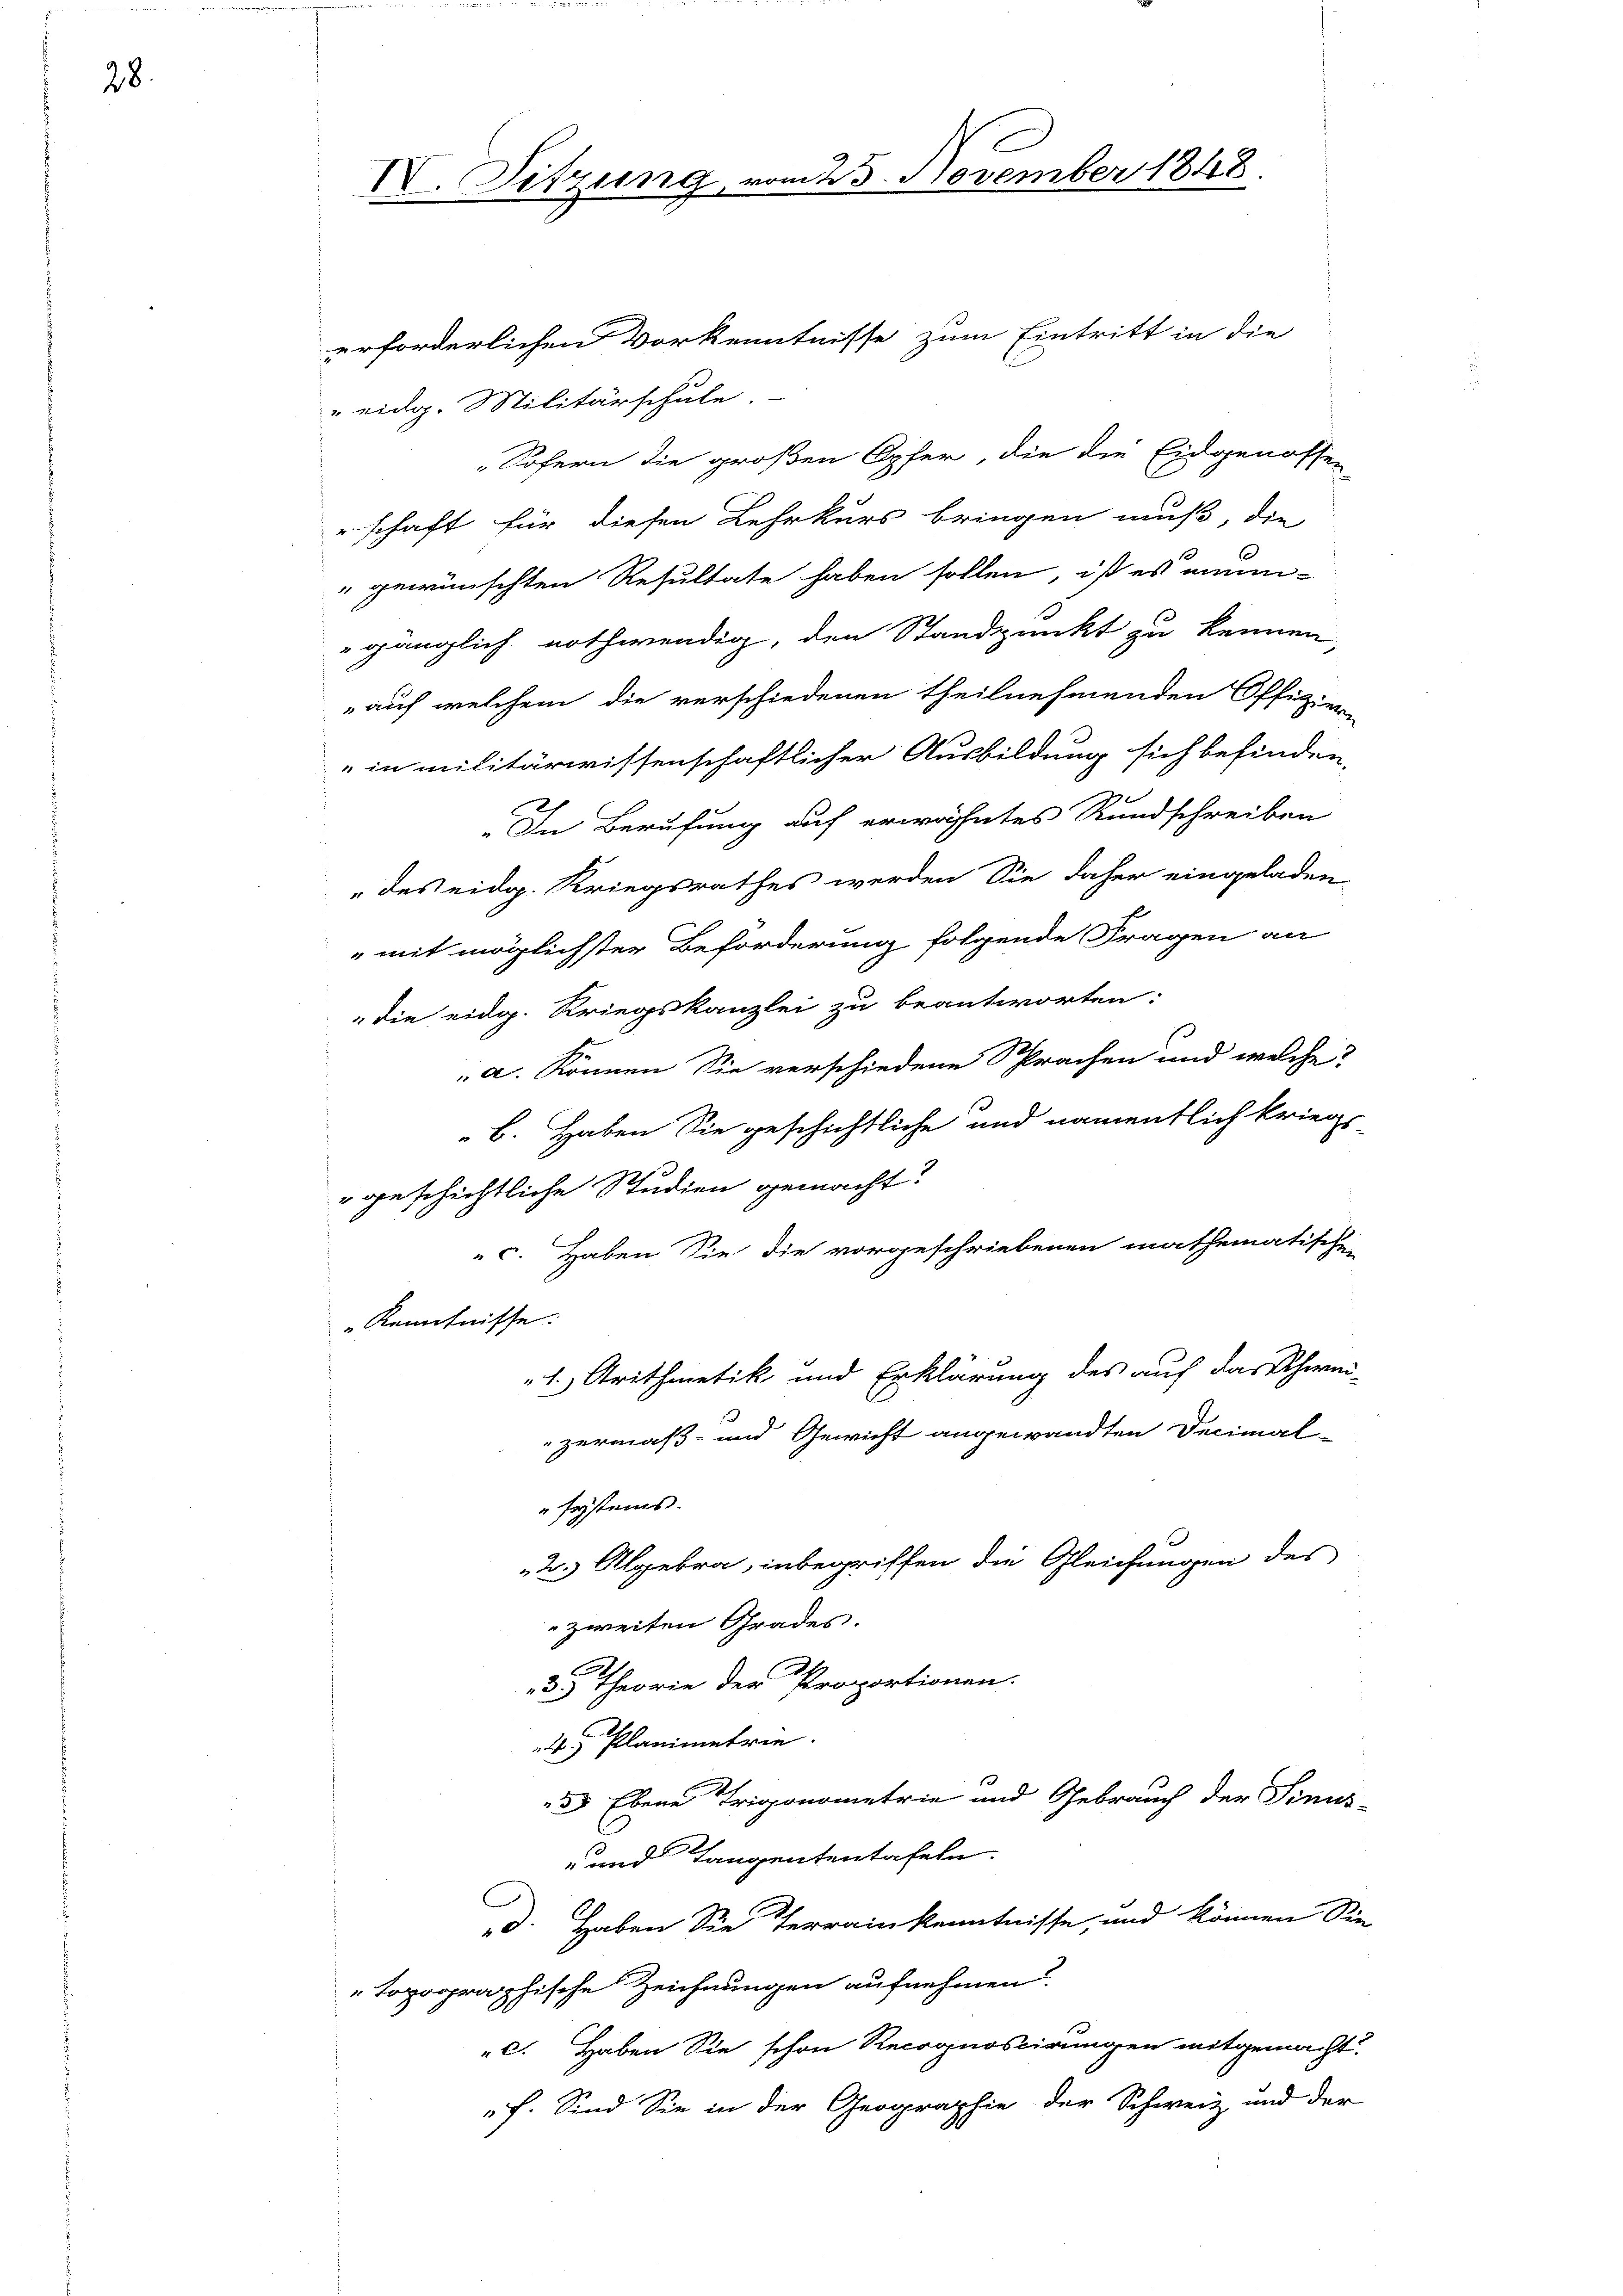
28.

IV. Sitzung

erforderlichen Vorkenntnisse zum Eintritt in die
" eidg. Militärschule.
„Sofern die großen Opfer, die die Eidgenossen-
schaft für diesen Lehrkurs bringen muß, die
" gewünschten Resultate haben sollen, ist es mein-
gänglich nothwendig, den Standpunkt zu kennen,
„auf welchem die verschiedenen theilnehmenden Offizier-
in militärwissenschaftlicher Ausbildung sich befinden,
In Berufung auf erwähntes Rundschreiben
„des eidg. Kriegsrathes werden Sie daher eingeladen
" mit möglichster Beförderung folgende Fragen an
die eidg. Kriegskanzlei zu beantworten:
a. können Sie verschiedene Sprachen und welche
B. Haben Sie geschichtliche und namentlich kriegs
" geschichtliche Studien gemacht.
c. Haben Sie die vorgeschriebenen mathematischen
" Kenntnisse.
1.) Arithmetik und Erklärung des auf das Schwei-
zermaß- und Gewicht angewandten Decimal-
systems.
2.) Abgebra, inbegriffen die Gleichungen des
zweiten Grades.
3 Theorie der Proportionen.
4. Planimetrie.
55 Ebene Trigonometrie und Gebrauch der Sinus-
- und Tangententafeln.
d. Haben Sie Terrainkenntnisse, und können Sin
topographische Zeichnungen aufnehmen?
C. Haben Sie schon Recognoscirungen mitgemacht.
f. Sind Sie in der Geographie der Schweiz und der

223. November 1848.